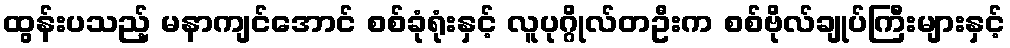
ထွန်းပသည့် မနာကျင်အောင် စစ်ခုံရုံးနှင့် လူပုဂ္ဂိုလ်တဦးက စစ်ဗိုလ်ချုပ်ကြီးများနှင့်